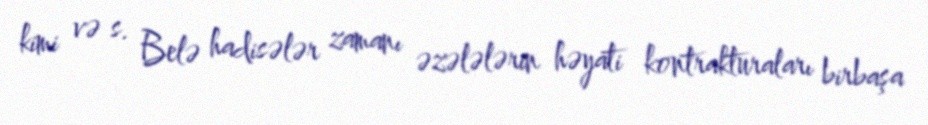
kimi və s. Belə hadisələr zamanı əzələlərin həyati kontrakturaları birbaşa